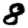
Digit: 8